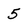
Character: 5